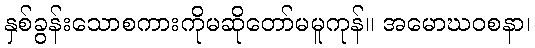
နှစ်ခွန်းသောစကားကိုမဆိုတော်မမူကုန်။ အမောဃဝစနာ၊